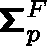
\boldsymbol { \mathsf { \Sigma } } _ { p } ^ { F }